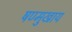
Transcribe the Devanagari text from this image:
षण्मुखाय